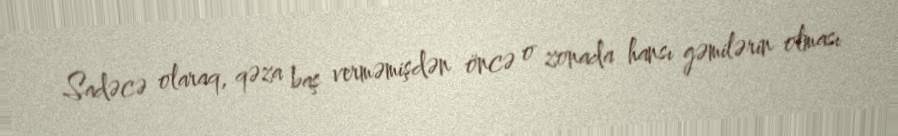
Sadəcə olaraq, qəza baş verməmişdən öncə o zonada hansı gəmilərin olması